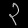
Digit: ၃